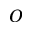
O